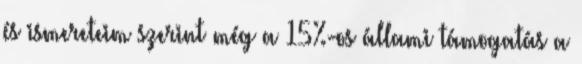
és ismereteim szerint még a 15%-os állami támogatás a